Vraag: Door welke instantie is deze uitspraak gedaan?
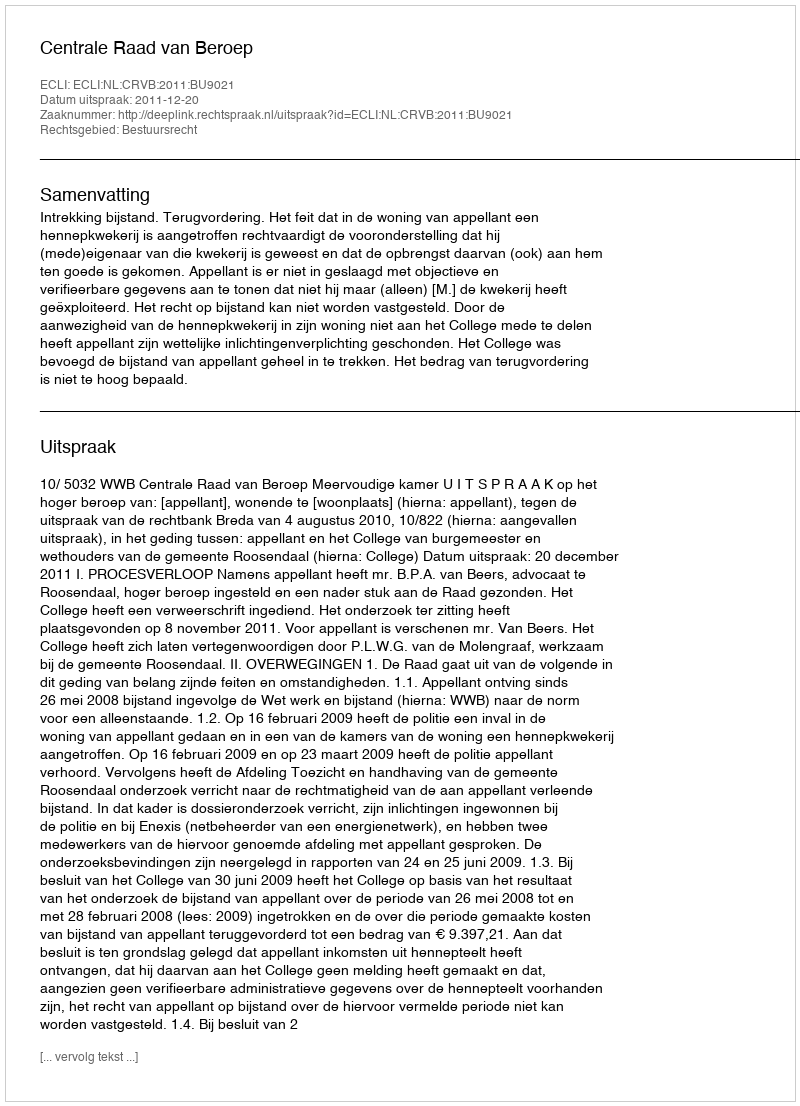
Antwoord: Centrale Raad van Beroep